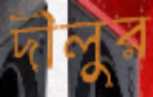
দীলুর